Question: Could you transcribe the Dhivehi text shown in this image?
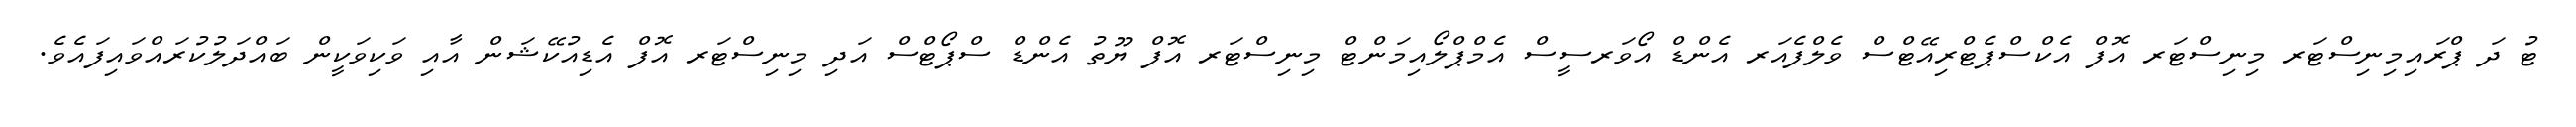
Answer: ޓު ދަ ޕްރައިމިނިސްޓަރ މިނިސްޓަރ އޮފް އެކްސްޕެޓްރިއޭޓްސް ވެލްފެއަރ އެންޑް އޯވަރސީސް އެމްޕްލޯއިމަންޓް މިނިސްޓަރ އޮފް ޔޫތު އެންޑް ސްޕޯޓްސް އަދި މިނިސްޓަރ އޮފް އެޑިއުކޭޝަން އާއި ވަކިވަކީން ބައްދަލުކުރައްވައިފައެވެ.